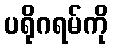
ပရိုဂရမ်ကို